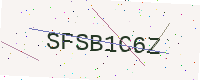
Text: SFSB1C6Z